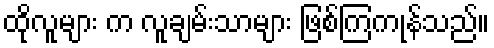
ထိုလူများ က လူချမ်းသာများ ဖြစ်ကြကုန်သည်။